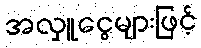
အလှူငွေများဖြင့်